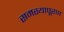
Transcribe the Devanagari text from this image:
समस्यापूरण